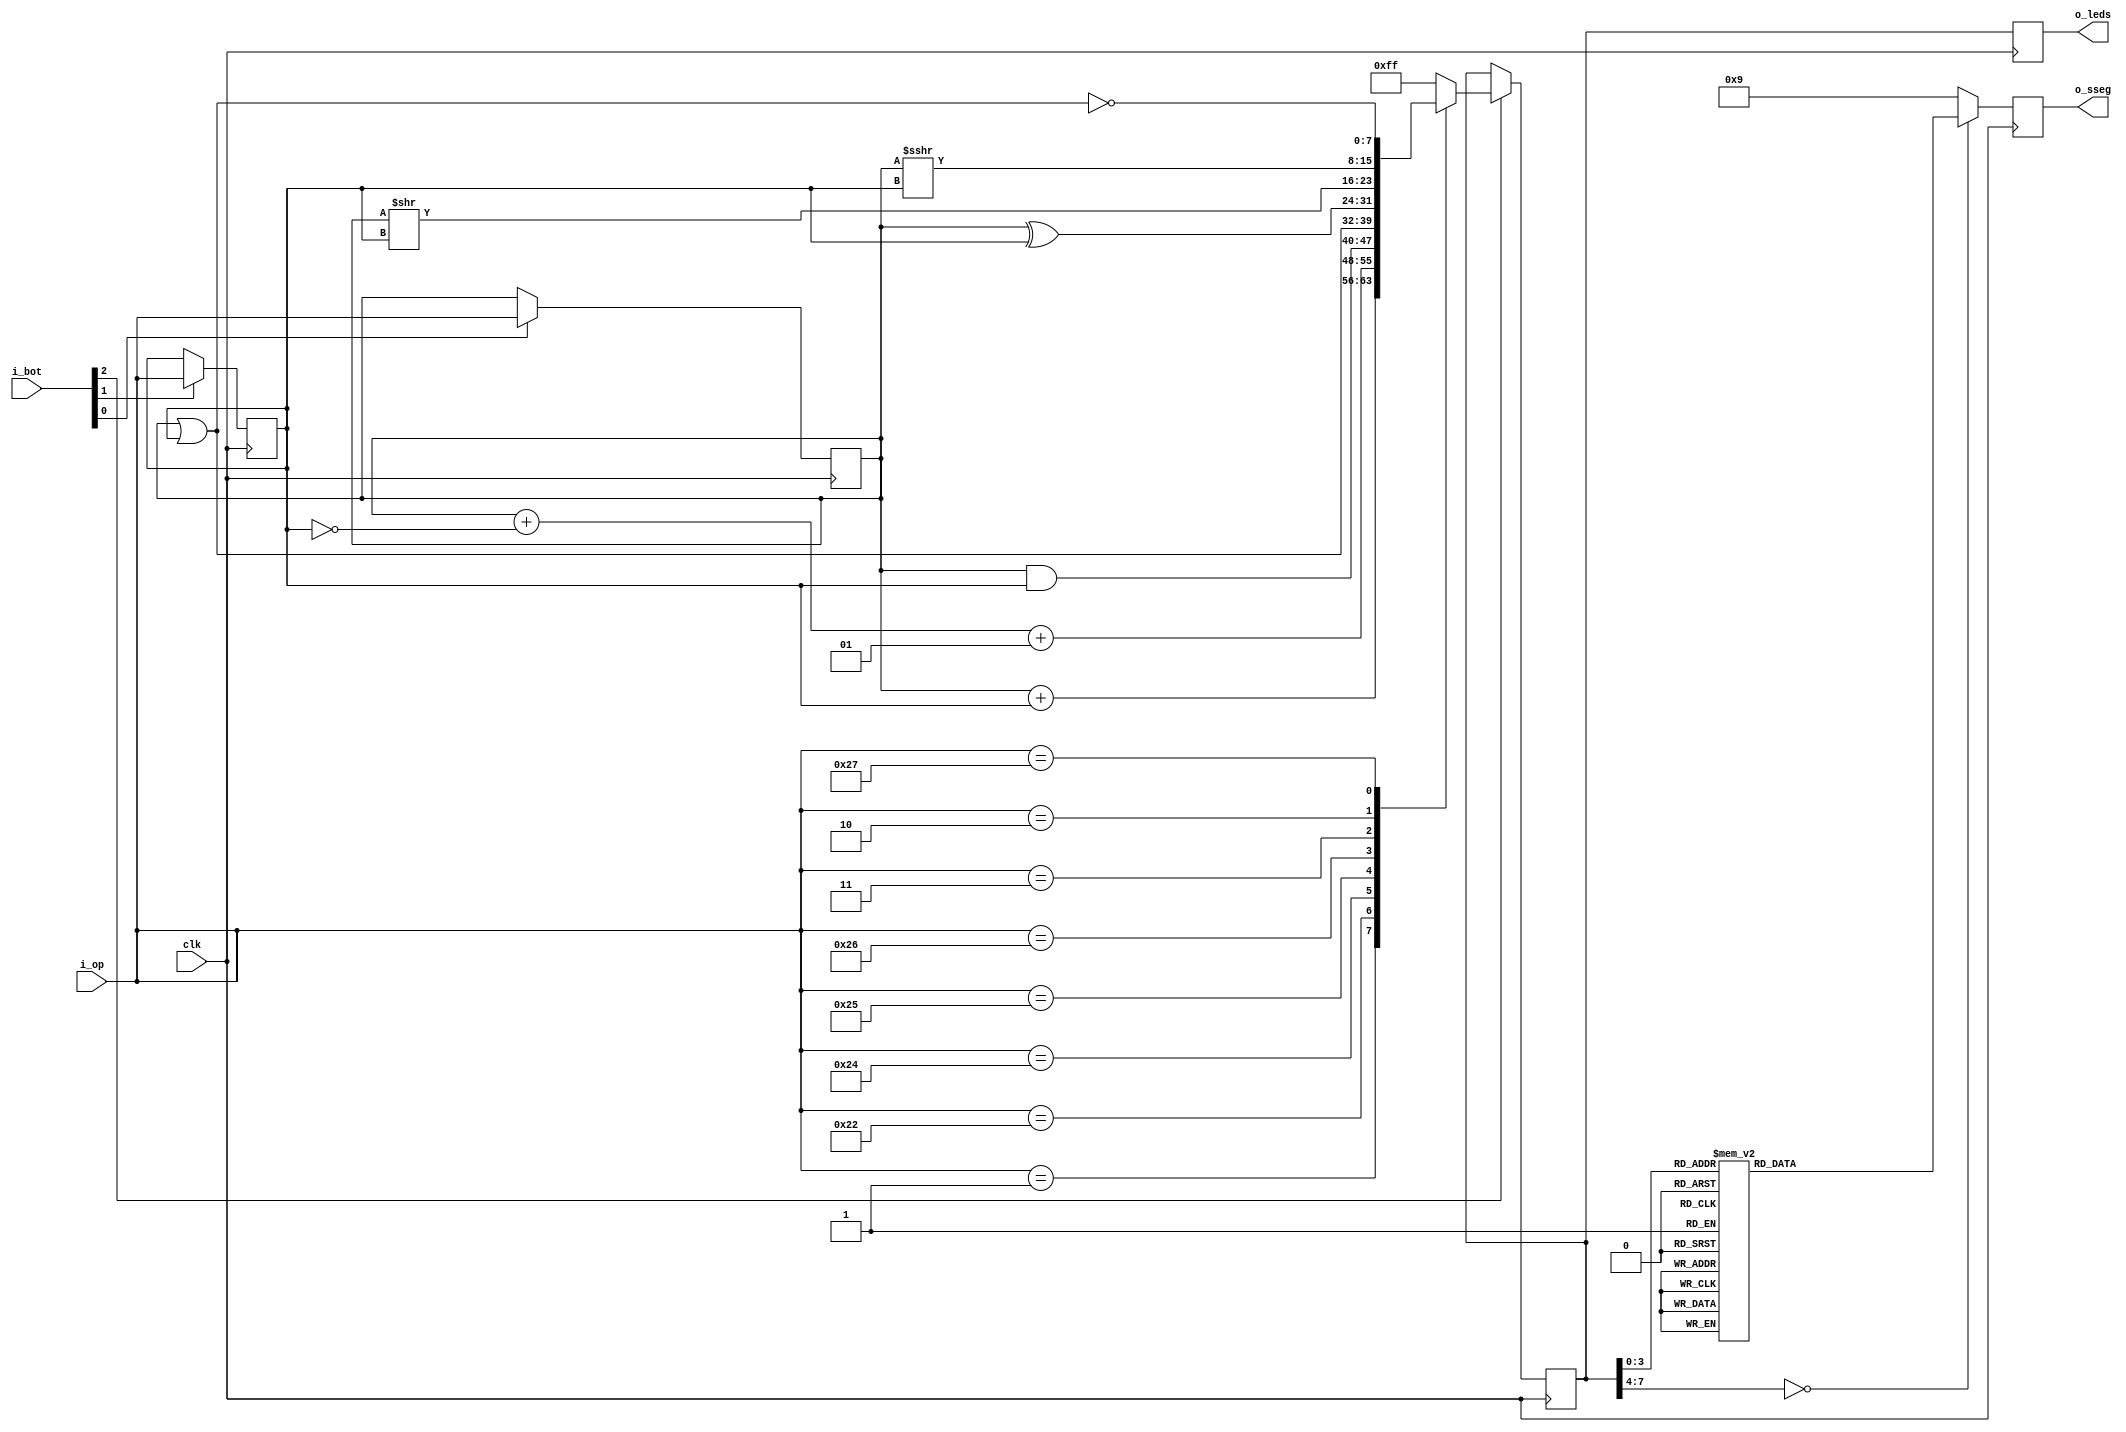
`timescale 1ns / 1ps
//////////////////////////////////////////////////////////////////////////////////
// Company: 
// Engineer: 
// 
// Design Name: 
// Module Name:    alu 
// Project Name: 
// Target Devices: 
// Tool versions: 
// Description: 
//
// Dependencies: 
//
// Revision: 
// Revision 0.01 - File Created
// Additional Comments: 
//
//////////////////////////////////////////////////////////////////////////////////
module alu(
	input wire [7:0]i_op,
	input wire [2:0]i_bot,
	output reg [6:0]o_sseg,
	output reg [7:0]o_leds,
	input wire clk
    );	 
	
	 reg signed [7:0]i_in1 = 8'b00000000;
	 reg signed [7:0]i_in2 = 8'b00000000;
	 reg signed [7:0]o_res = 8'b00000000;
	 
	 always @(posedge clk)
	 begin		 
		 if(i_bot[0] == 1'b1)
			i_in1 <= i_op;
		 if(i_bot[1] == 1'b1)
			i_in2 <= i_op;
		
		 if(i_bot[2] == 1'b1)
		 begin	 
			 case(i_op)
			 8'b00000001: o_res <= i_in1 + i_in2;
			 8'b00100010: o_res <= i_in1 + ~i_in2 + 1; //resta
			 8'b00100100: o_res <= i_in1 & i_in2; //and
			 8'b00100101: o_res <= i_in1 | i_in2; //or
			 8'b00100110: o_res <= i_in1 ^ i_in2; //xor
			 8'b00000011: o_res <= i_in1 >> i_in2; //shift logico
			 8'b00000010: o_res <= i_in1 >>> i_in2; //shift aritmetico
			 8'b00100111: o_res <= ~(i_in1 | i_in2); //nor
			 default: o_res<=8'b11111111;
			 endcase
		 end
		 
		 case(o_res)
			 8'b00000000: o_sseg <= 7'b1000000; //0
			 8'b00000001: o_sseg <= 7'b1111001; //1
			 8'b00000010: o_sseg <= 7'b0100100; //2
			 8'b00000011: o_sseg <= 7'b0110000; //3
			 8'b00000100: o_sseg <= 7'b0011001; //4
			 8'b00000101: o_sseg <= 7'b0010010; //5
			 8'b00000110: o_sseg <= 7'b0000010; //6
			 8'b00000111: o_sseg <= 7'b1111000; //7
			 8'b00001000: o_sseg <= 7'b0000000; //8
			 8'b00001001: o_sseg <= 7'b0010000; //9
			 default:  o_sseg <= 7'b0001001; //H
		 endcase
		 
		o_leds <= o_res;
		 
	 end
	 
endmodule